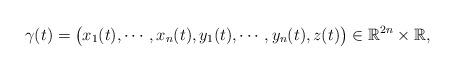
LaTeX: \begin{align*}\gamma(t)=\big(x_1(t),\cdots,x_n(t),y_1(t),\cdots, y_n(t),z(t)\big)\in \mathbb{R}^{2n}\times \mathbb{R},\end{align*}